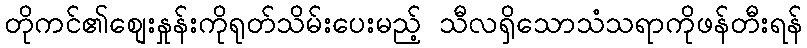
တိုကင်၏စျေးနှုန်းကိုရုတ်သိမ်းပေးမည့် သီလရှိသောသံသရာကိုဖန်တီးရန်